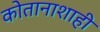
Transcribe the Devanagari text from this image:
कोतानाशाही